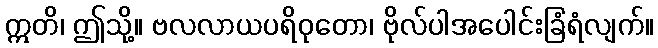
ဣတိ၊ ဤသို့။ ဗလလာယပရိဝုတော၊ ဗိုလ်ပါအပေါင်းခြံရံလျက်။